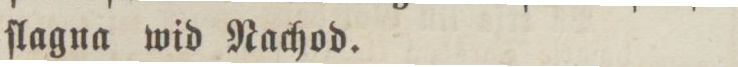
ſlagna wid Nachod.